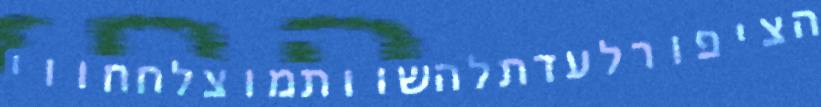
הציפורלעדתלהשוותמוצלחחווי